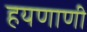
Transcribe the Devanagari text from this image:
हयणाणी